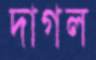
দাগল